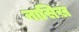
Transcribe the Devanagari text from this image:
नासिख़